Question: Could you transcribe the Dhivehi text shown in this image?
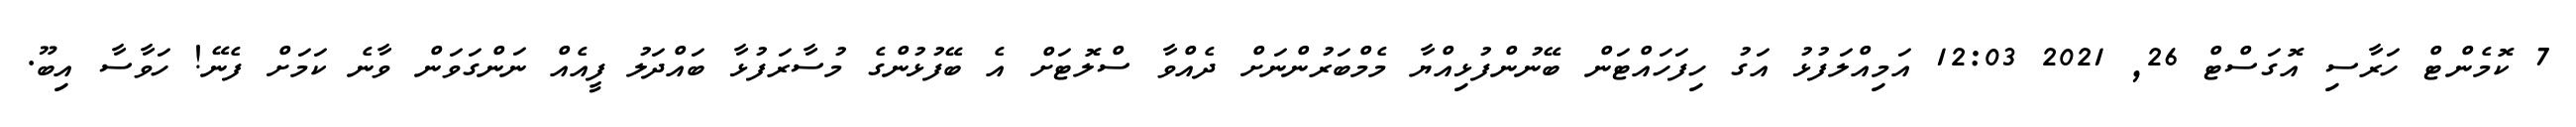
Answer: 7 ކޮމެންޓް ހަރާސި އޮގަސްޓް 26, 2021 12:03 އަމިއްލަފުޅު އަގު ހިފަހައްޓަން ބޭނުންފުޅިއްޔާ މެމްބަރުންނަށް ދެއްވާ ސްލޮޓަށް އެ ބޭފުޅުންގެ މުސާރަފުޅާ ބައްދަލު ފީއެއް ނަންގަވަން ވާނެ ކަމަށް ފެނޭ! ހަވާސާ އިބޫ.